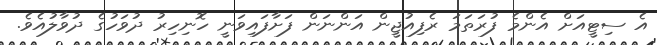
އެ ސިޓީއަށް އެންމެ ފުރަތަމަ ރެފިއުޖީން އަންނަން ފަށާފައިވަނީ ހޮނިހިރު ދުވަހުގެ ދުވާލުއެވެ.